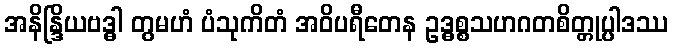
အနိန္ဒြိယဗဒ္ဓါ တွမဟံ ပံသုကိတံ အဝိပရီတေန ဥဒ္ဓစ္စသဟဂတစိတ္တုပ္ပါဒဿ